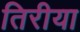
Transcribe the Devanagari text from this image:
तिरीया